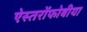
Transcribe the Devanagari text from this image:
ऐस्तरोंफोबीया